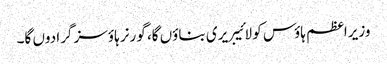
وزیراعظم ہاؤس کو لائیبریری بناؤں گا، گورنر ہاؤسز گرا دوں گا۔